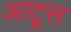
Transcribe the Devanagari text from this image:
आट्र्स